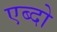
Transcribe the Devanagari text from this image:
एब्दो